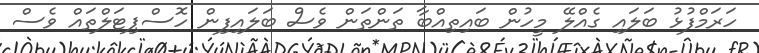
ހަރަމްފުޅު ބަލައި ގެއްލޭ މީހުން ބައިތިއްބާ ތަންތަން ވެސް ބަލައިފިން ހޮސްޕިޓަލްތައް ވެސް